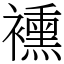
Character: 䙧